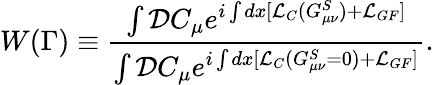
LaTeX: W(\Gamma)\equiv{\frac{\int{\cal D}C_{\mu}e^{i\int dx[{\cal L}_{C}(G_{\mu\nu}^{S})+{\cal L}_{GF}]}}{\int{\cal D}C_{\mu}e^{i\int dx[{\cal L}_{C}(G_{\mu\nu}^{S}=0)+{\cal L}_{GF}]}}}.